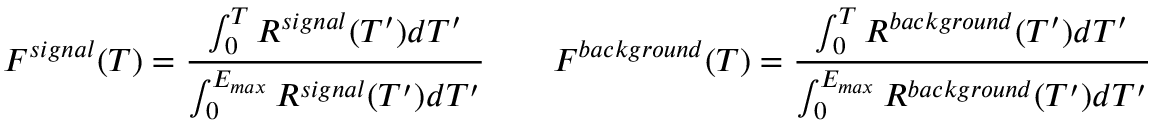
F ^ { s i g n a l } ( T ) = \frac { \int _ { 0 } ^ { T } R ^ { s i g n a l } ( T ^ { \prime } ) d T ^ { \prime } } { \int _ { 0 } ^ { E _ { m a x } } R ^ { s i g n a l } ( T ^ { \prime } ) d T ^ { \prime } } \qquad F ^ { b a c k g r o u n d } ( T ) = \frac { \int _ { 0 } ^ { T } R ^ { b a c k g r o u n d } ( T ^ { \prime } ) d T ^ { \prime } } { \int _ { 0 } ^ { E _ { m a x } } R ^ { b a c k g r o u n d } ( T ^ { \prime } ) d T ^ { \prime } }